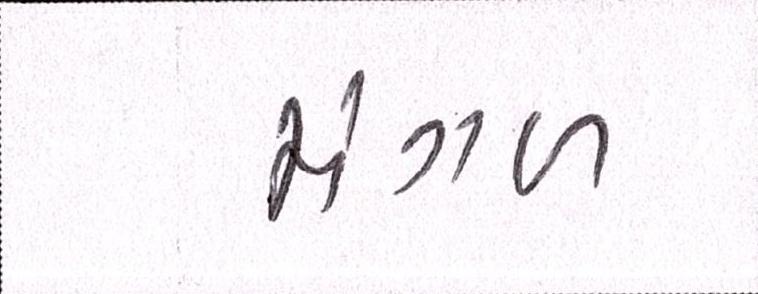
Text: મંગળ